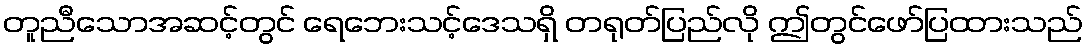
တူညီသောအဆင့်တွင် ရေဘေးသင့်ဒေသရှိ တရုတ်ပြည်လို ဤတွင်ဖော်ပြထားသည်